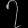
Digit: ၇